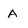
Character: A